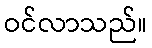
ဝင်လာသည်။